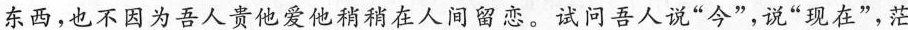
东西，也不因为吾人贵他爱他稍稍在人间留恋。试问吾人说”今”，说”现在”，茫